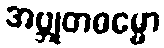
အဗ္ဘုတဓမ္မော